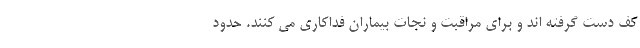
کف دست گرفته اند و برای مراقبت و نجات بیماران فداکاری می کنند. حدود